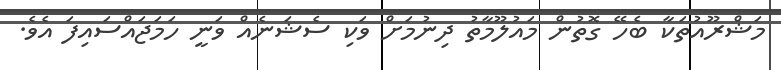
މަޝްރޫއުތަކާ ބެހޭ ގޮތުން މައުލޫމާތު ދިނުމަށް ވަކި ސެޝަނެއް ވަނީ ހަމަޖައްސައިފަ އެވެ.